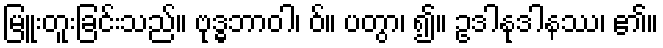
မြူးတူးခြင်းသည်။ ဗုဒ္ဓဘာဝါ၊ ဝ်။ ပတွာ၊ ၍။ ဥဒါနုဒါနဿ၊ ၏။